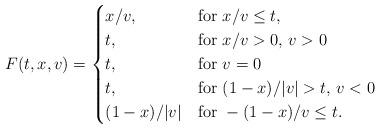
LaTeX: \begin{align*}F(t,x,v) = \begin{cases}x/v, &\mbox{for } x/v \leq t, \\t, &\mbox{for } x/v >0,\, v >0 \\t, &\mbox{for } v=0\\t, &\mbox{for } (1-x)/|v| >t,\, v <0 \\(1-x)/|v|&\mbox{for } -(1-x)/v \leq t.\\\end{cases}\end{align*}